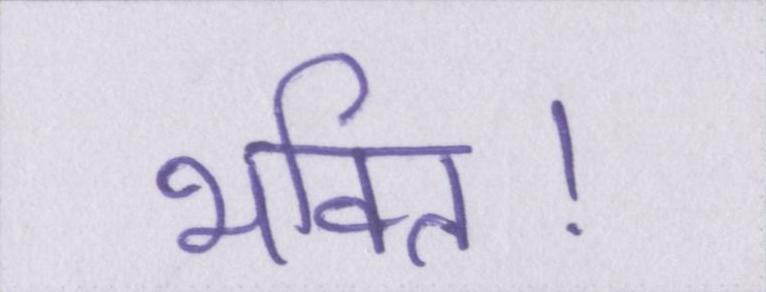
भक्ति।